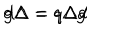
d \Delta = q \Delta d \hspace { 3 c m } g \Delta = q \Delta g